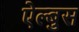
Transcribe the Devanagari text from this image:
ऐल्बुस